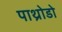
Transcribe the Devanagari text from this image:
पाथ्रोडो